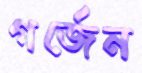
গর্জেন